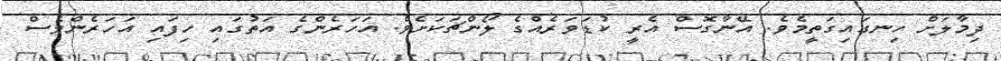
ދިމާލަށް ހިނގައިގަތީމެވެ. އޭނާގޮސް އެރީ ކުޑަވަރެއްގެ ލޯންޗަކަށެވެ. އަހަރެންގެ އަތުގައި ހިފައި އަހަރެންވެސް